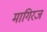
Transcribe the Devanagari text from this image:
मागिरज